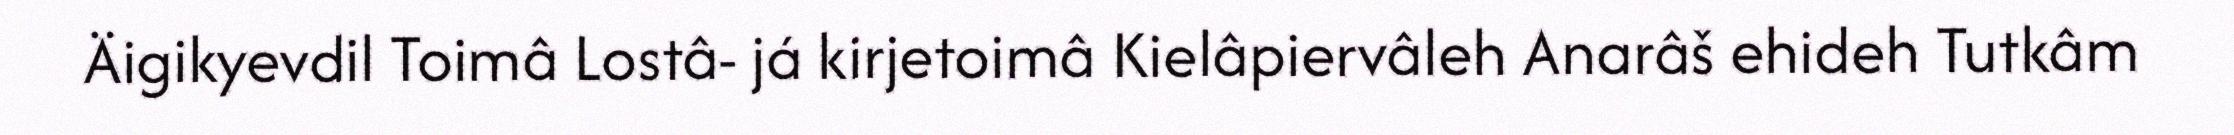
Äigikyevdil Toimâ Lostâ- já kirjetoimâ Kielâpiervâleh Anarâš ehideh Tutkâm